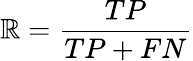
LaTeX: \mathbb{R}={\frac{{TP}}{{TP+FN}}}